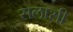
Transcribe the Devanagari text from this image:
सलासी